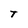
Character: t